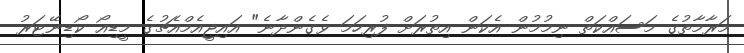
މަރާމާތުގެ މަސައްކަތް ނިމުމުން އެކަން އިތުރަށް ފުރިހަމަ ވެގެންދާނެ" އައިޖީއެމްއެޗުގެ މީޑިއޯ ކޯޑިނޭޓަރު